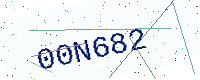
Text: 00N682